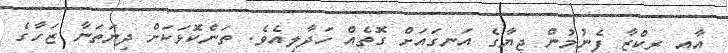
އާއި ރިކްޒާ ފެނުމުން ޖިޔާގެ އަނގައަށް ގޮތެއް ހަދާލިއެވެ. ތަންކޮޅަކަށް ދިޔަތަނާ ޒަހާގެ